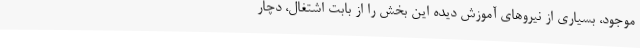
موجود، بسیاری از نیروهای آموزش دیده این بخش را از بابت اشتغال، دچار